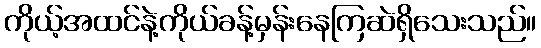
ကိုယ့်အထင်နဲ့ကိုယ်ခန့်မှန်းနေကြဆဲရှိသေးသည်။